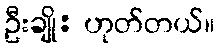
ဦးချို: ဟုတ်တယ်။